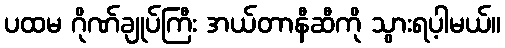
ပထမ ဂိုဏ်ချုပ်ကြီး အယ်တာနီဆီကို သွားရပ့ါမယ်။